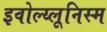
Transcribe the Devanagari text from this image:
इवोल्य्लूनिस्म